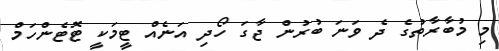
މި މުބާރާތުގެ ދެ ވަނަ ބުރުން ޖާގަ ހޯދި އަނެއް ޓީމަކީ ޓޮޓެންހަމް